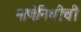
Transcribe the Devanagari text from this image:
नाणेनिधीची